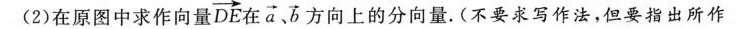
(2)在原图中求作向量 $$\overrightarrow{DE}$$ 在 $$\overrightarrow{a}、 \overrightarrow{b}$$ 方向上的分向量。(不要求写作法，但要指出所作